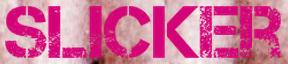
SLICKER